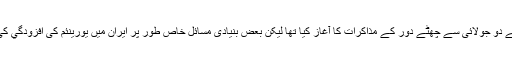
واضح رہے کہ ایران اور فائیو پلس ون گروپ کے نمائندوں نے حتمی جامع سمجھوتے کے حصول کے لئے دو جولائی سے چھٹے دور کے مذاکرات کا آغاز کیا تھا لیکن بعض بنیادی مسائل خاص طور پر ایران میں یورینئم کی افزودگي کی گنجائش کے مسئلے پر اختلاف کے سبب حتمی سمجھوتے کے مسودے پر مکمل اتفاق رائے نہیں ہوسکا۔